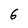
Character: 6